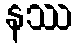
နဿ